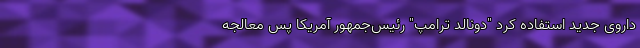
داروی جدید استفاده کرد "دونالد ترامپ" رئیس‌جمهور آمریکا پس معالجه